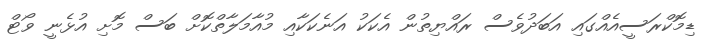
ޑިމޮކްރަސީއެއްގައި އަބަދުވެސް ރައްޔިތުން އެކަކު އަނެކަކާއި މުއާމަލާތްކޮށް ބަސް މޮށި އުޅެނީ ވޯޓް